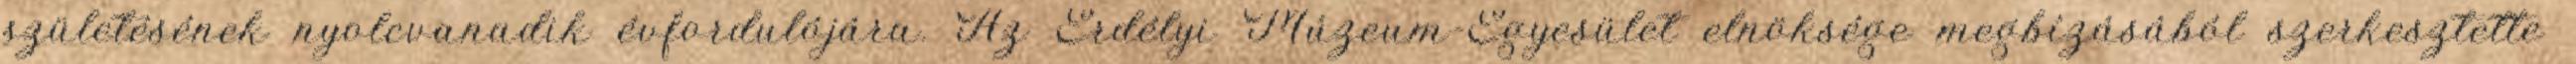
születésének nyolcvanadik évfordulójára. Az Erdélyi Múzeum-Egyesület elnöksége megbízásából szerkesztette